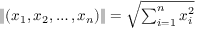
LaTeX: \| ( x _ { 1 } , x _ { 2 } , \dots , x _ { n } ) \| = { \sqrt { \textstyle \sum _ { i = 1 } ^ { n } x _ { i } ^ { 2 } } }